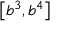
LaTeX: \left[ b ^ { 3 } , b ^ { 4 } \right]